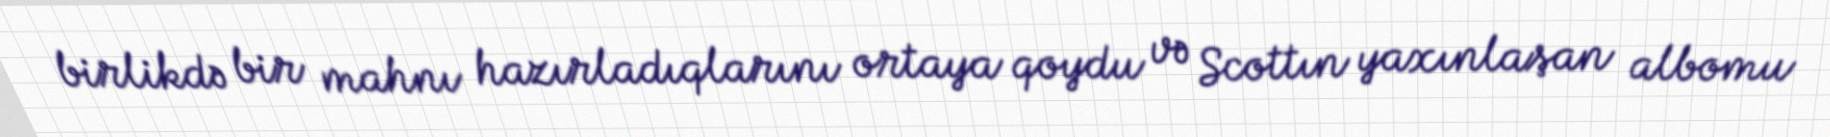
birlikdə bir mahnı hazırladıqlarını ortaya qoydu və Scottın yaxınlaşan albomu